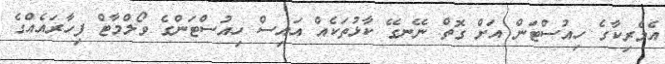
އެމެރިކާގެ ހިއުސްޓަން އަށް ގޮތް ނޭނގޭ ކާޅުތަކެއް އައިސް ހިއުސްޓަންގެ ވޯލްމާޓް ފިހާރައެއްގެ